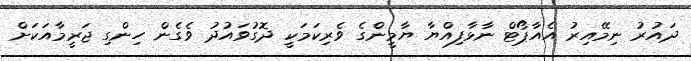
ދައުރު ނިމޭއިރު އެއާޕޯޓް ނާޅާފިއްޔާ ޔާމީންގެ ވެރިކަމަކީ ދޮގުވައުދު ވެގެން ހިންގި ޖަރީމާއަކަށް